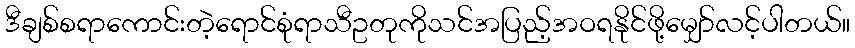
ဒီချစ်စရာကောင်းတဲ့ရောင်စုံရာသီဥတုကိုသင်အပြည့်အဝရနိုင်ဖို့မျှော်လင့်ပါတယ်။